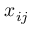
x _ { i j }